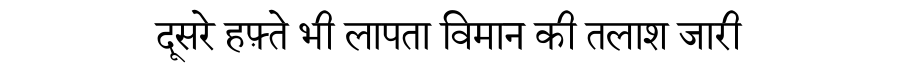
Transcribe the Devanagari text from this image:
दूसरे हफ़्ते भी लापता विमान की तलाश जारी